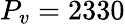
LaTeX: P_{v}=2330